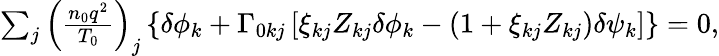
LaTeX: \begin{array}{r}{\sum_{j}\left(\frac{n_{0}q^{2}}{T_{0}}\right)_{j}\left\{ \delta\phi_{{k}}+\Gamma_{0kj}\left[\xi_{kj}Z_{kj}\delta\phi_{{k}}-\left(1+\xi_{kj}Z_{kj}\right)\delta\psi_{{k}}\right]\right\} =0,}\end{array}